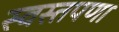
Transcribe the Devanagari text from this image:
स्वस्तपणा